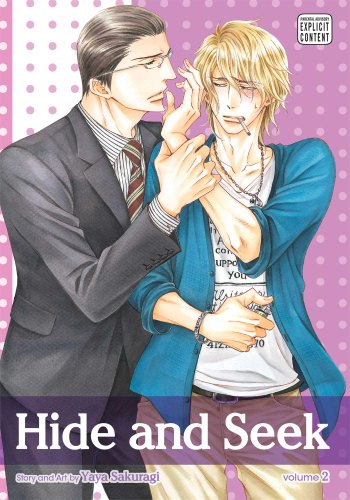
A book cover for Hide and Seek, Vol. 2; Yaya Sakuragi; Comics & Graphic Novels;